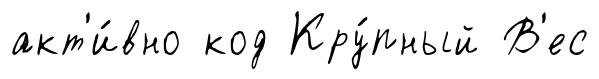
акт'и́вно код Кру́пный В'ес